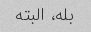
بله، البته